Report of the Bombay Plague Committee
Disease focus: Plague
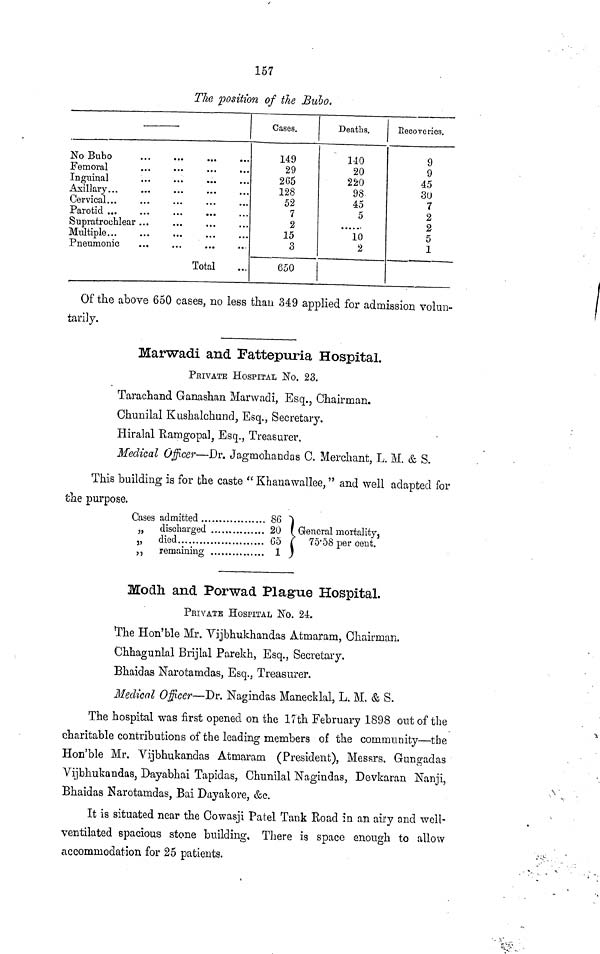
157
The position of the Bulo.
No Bubo
Femoral
Inguinal
Axillary...
Cervical...
Parotid ...
Supratrochlear
Multiple...
Pneumonic
r ...
Total
...
Cases.
149
29
265
128
52
7
2
15
3
650
Deaths.
140
20
220
98
45
5
......
10
2
Recoveries.
9
9
45
30
7
2
2
5
1
Of the above 650 cases, no less than 349 applied for admission volun-
tarily.
Marwadi and Fattepuria Hospital.
PRIVATE HOSPITAL No. 23.
Taraehand Ganashan Marwadi, Esq., Chairman.
Chunilal Kushalckund, Esq., Secretary.
Hiralal Ramgopal, Esq., Treasurer.
Medical Officer—Dr. Jagmohandas C. Merchant, L. M. & S.
This building is for the caste " Khanawallee, " and well adapted for
the purpose,
Cases
„
„
i admitted
86
discharged
20
died
65
remaining
1
General mortality,
7 5 ·5 8 per cent.
Modh and Porwad Hague Hospital.
PRIVATE HOSPITAL No. 24.
The Hon'ble Mr. Vijbhukhandas Atmaram, Chairman.
Chhagunlal Brijlal Parekh, Esq., Secretary.
Bhaidas Narotamdas, Esq., Treasurer.
Medical Officer—Dr Nagindas Manecldal, L. M. & S.
The hospital was first opened on the 17th February 1898 ont of the
charitable contributions of tbe leading members of the community—the
Hon'ble Mr, Vijbhukandas Atmaram (President), Messrs, Gungaclas
Vijbhukandas, Dayabhai Tapidas, Chunilal Nagindas, Devkaran Nanji,
Bhaidas Narotamdas, Bai Dayakore, &c.
It is situated near the Cowasji Patel Tank Road in an airy and well-
ventilated spacious stone building, There is space enough to allow
accommodation for 25 patients.